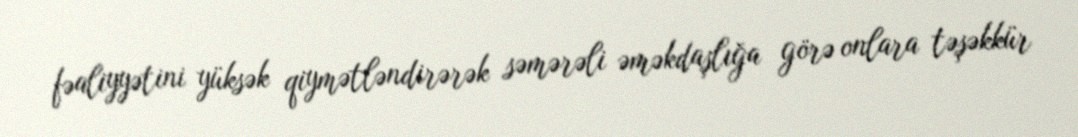
fəaliyyətini yüksək qiymətləndirərək səmərəli əməkdaşlığa görə onlara təşəkkür